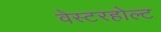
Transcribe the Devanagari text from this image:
वेस्टरहोल्ट